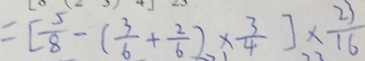
= [ \frac { 5 } { 8 } - ( \frac { 3 } { 6 } + \frac { 2 } { 6 } ) \times \frac { 3 } { 4 } ] \times \frac { 2 3 } { 1 6 }